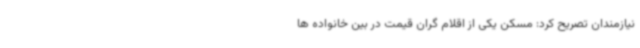
نیازمندان تصریح کرد: مسکن یکی از اقلام گران قیمت در بین خانواده ها